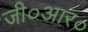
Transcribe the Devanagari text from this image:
जी०आर०